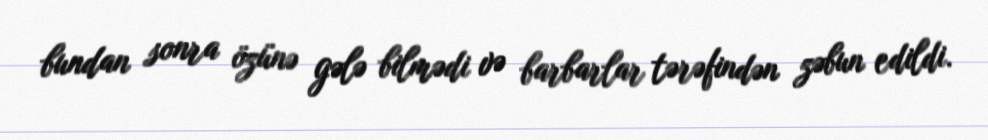
bundan sonra özünə gələ bilmədi və barbarlar tərəfindən zəbun edildi.